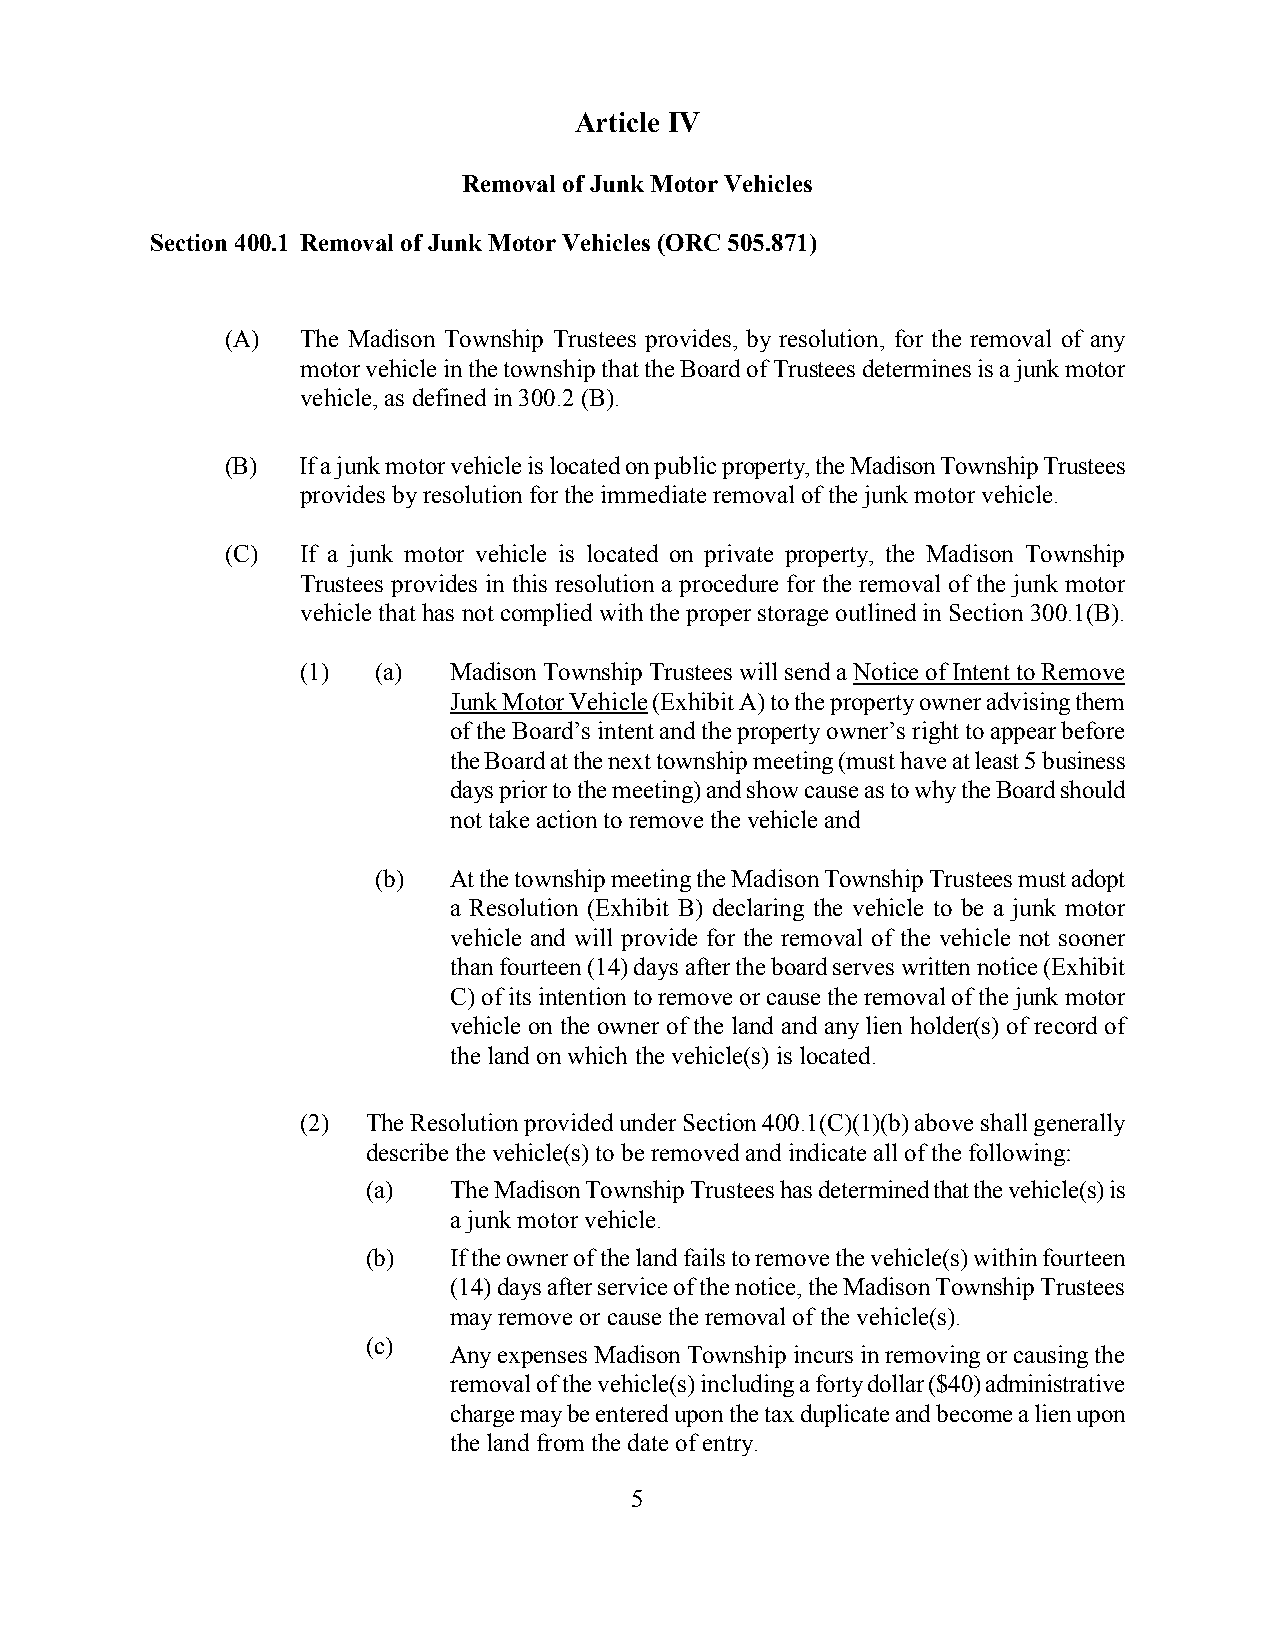
Article IV
 Removal of Junk Motor Vehicles
 Section 400.1 Removal of Junk Motor Vehicles (ORC 505.871)
 (A)  The Madison Township Trustees provides, by resolution, for the removal of any
 motor vehicle in the township that the Board of Trustees determines is a junk motor
 vehicle, as defined in 300.2 (B).
 (B)  If a junk motor vehicle is located on public property, the Madison Township Trustees
 provides by resolution for the immediate removal of the junk motor vehicle.
 (C)  If a junk motor vehicle is located on private property, the Madison Township
 Trustees provides in this resolution a procedure for the removal of the junk motor
 vehicle that has not complied with the proper storage outlined in Section 300.1(B).
 (1)  (a)  Madison Township Trustees will send a Notice of Intent to Remove
 Junk Motor Vehicle (Exhibit A) to the property owner advising them
 of the Board’s intent and the property owner’s right to appear before
 the Board at the next township meeting (must have at least 5 business
 days prior to the meeting) and show cause as to why the Board should
 not take action to remove the vehicle and
 (b)  At the township meeting the Madison Township Trustees must adopt
 a Resolution (Exhibit B) declaring the vehicle to be a junk motor
 vehicle and will provide for the removal of the vehicle not sooner
 than fourteen (14) days after the board serves written notice (Exhibit
 C) of its intention to remove or cause the removal of the junk motor
 vehicle on the owner of the land and any lien holder(s) of record of
 the land on which the vehicle(s) is located.
 (2) The Resolution provided under Section 400.1(C)(1)(b) above shall generally
 describe the vehicle(s) to be removed and indicate all of the following:
 (a)   The Madison Township Trustees has determined that the vehicle(s) is
 a junk motor vehicle.
 (b)   If the owner of the land fails to remove the vehicle(s) within fourteen
 (14) days after service of the notice, the Madison Township Trustees
 may remove or cause the removal of the vehicle(s).
 (c)
 Any expenses Madison Township incurs in removing or causing the
 removal of the vehicle(s) including a forty dollar ($40) administrative
 charge may be entered upon the tax duplicate and become a lien upon
 the land from the date of entry.
 5